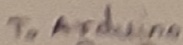
Text: Tp arduina